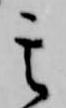
其